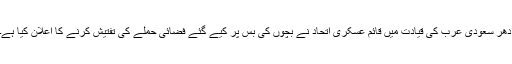
اْدھر سعودی عرب کی قیادت میں قائم عسکری اتحاد نے بچوں کی بس پر کیے گئے فضائی حملے کی تفتیش کرنے کا اعلان کیا ہے۔